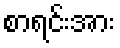
စာရင်းအား